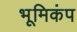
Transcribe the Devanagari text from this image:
भूमिकंप